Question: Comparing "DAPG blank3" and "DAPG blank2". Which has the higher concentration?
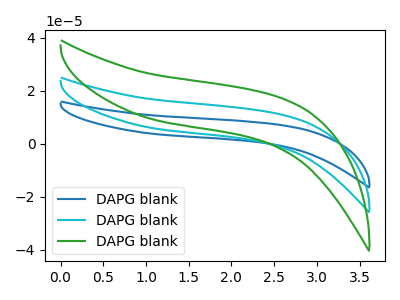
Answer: <think>The blue curve "DAPG blank1" has no peaks. The cyan curve "DAPG blank2" has no peaks. The green curve "DAPG blank3" has no peaks.
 Neither "DAPG blank3" or "DAPG blank2" have any peaks.</think>
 <answer>I cant tell if "DAPG blank3" or "DAPG blank2" has higher concentration.</answer>
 <eval>mixed_concentration</eval>